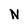
Character: N